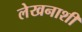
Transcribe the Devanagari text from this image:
लेखनाशी